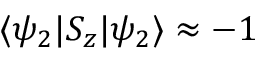
\langle \psi _ { 2 } \vert S _ { z } \vert \psi _ { 2 } \rangle \approx - 1